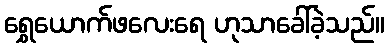
ရွှေယောက်ဖလေးရေ ဟုသာခေါ်ခဲ့သည်။